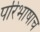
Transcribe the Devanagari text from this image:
परिभाषाच